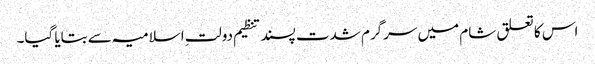
اس کا تعلق شام میں سرگرم شدت پسند تنظیم دولتِ اسلامیہ سے بتایا گیا۔